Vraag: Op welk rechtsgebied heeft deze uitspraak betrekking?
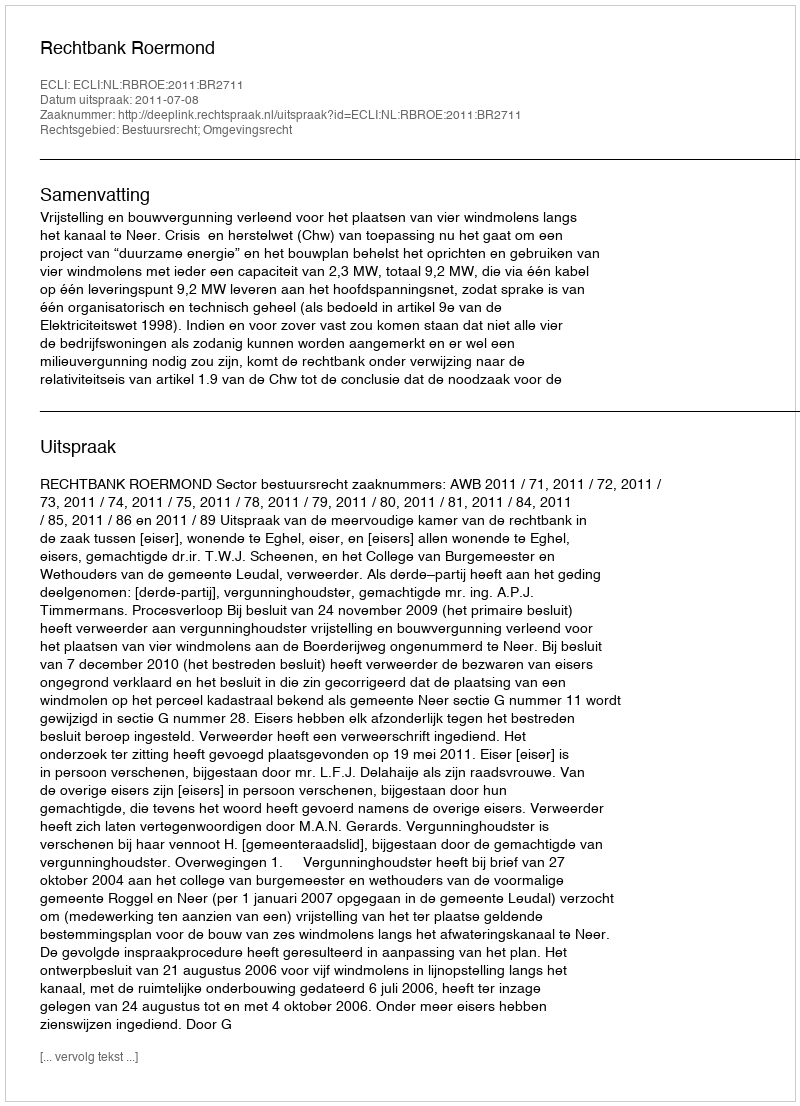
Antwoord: Bestuursrecht; Omgevingsrecht